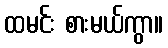
ထမင်း စားမယ်ကွာ။